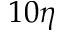
1 0 \eta